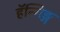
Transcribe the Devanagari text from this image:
हॅन्गिङ्ग